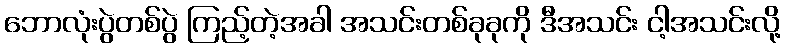
ဘောလုံးပွဲတစ်ပွဲ ကြည့်တဲ့အခါ အသင်းတစ်ခုခုကို ဒီအသင်း ငါ့အသင်းလို့